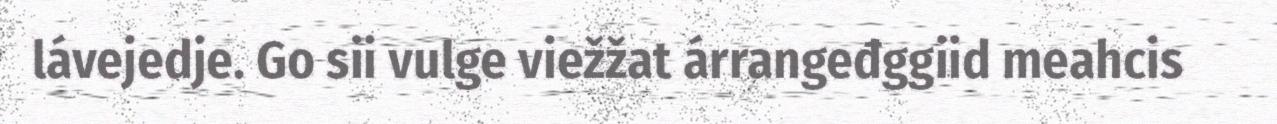
lávejedje. Go sii vulge viežžat árrangeđggiid meahcis